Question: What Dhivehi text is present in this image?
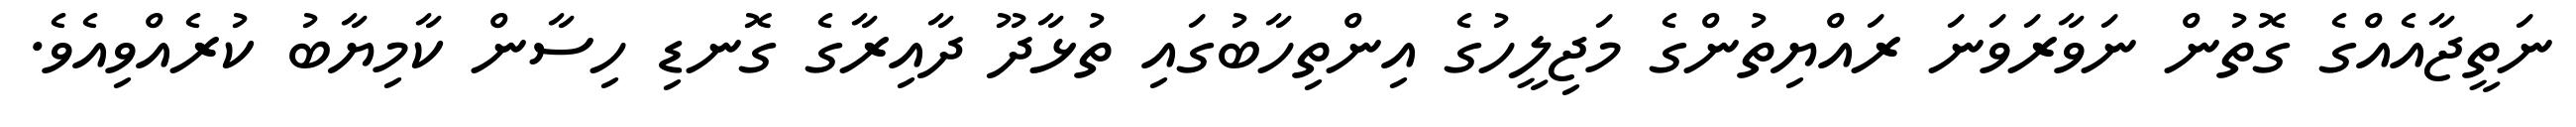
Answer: ނަތީޖާއެއްގެ ގޮތުން ނަވާރަވަނަ ރައްޔިތުންގެ މަޖިލީހުގެ އިންތިހާބުގައި ތުޅާދޫ ދާއިރާގެ ގޮނޑި ހިސާން ކާމިޔާބު ކުރެއްވިއެވެ.